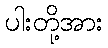
ပါးတို့အား